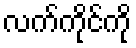
လက်ကိုင်ကို